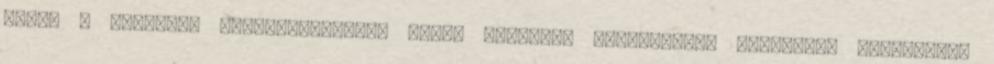
volt. A trianoni békeszerződésig Bihar vármegye Székelyhídi járásához tartozott.